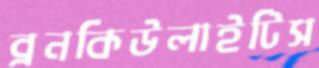
ব্রনকিউলাইটিস